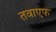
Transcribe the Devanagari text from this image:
तवाएफ